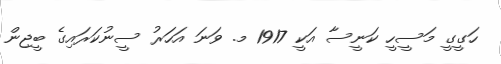
ހަގީގީ މަސީހީ ކަނީސާ އަކީ 1917 މ. ވަނަ އަހަރު ސީނުކަރައިގެ ބީޖިން